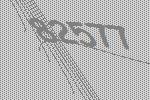
82577